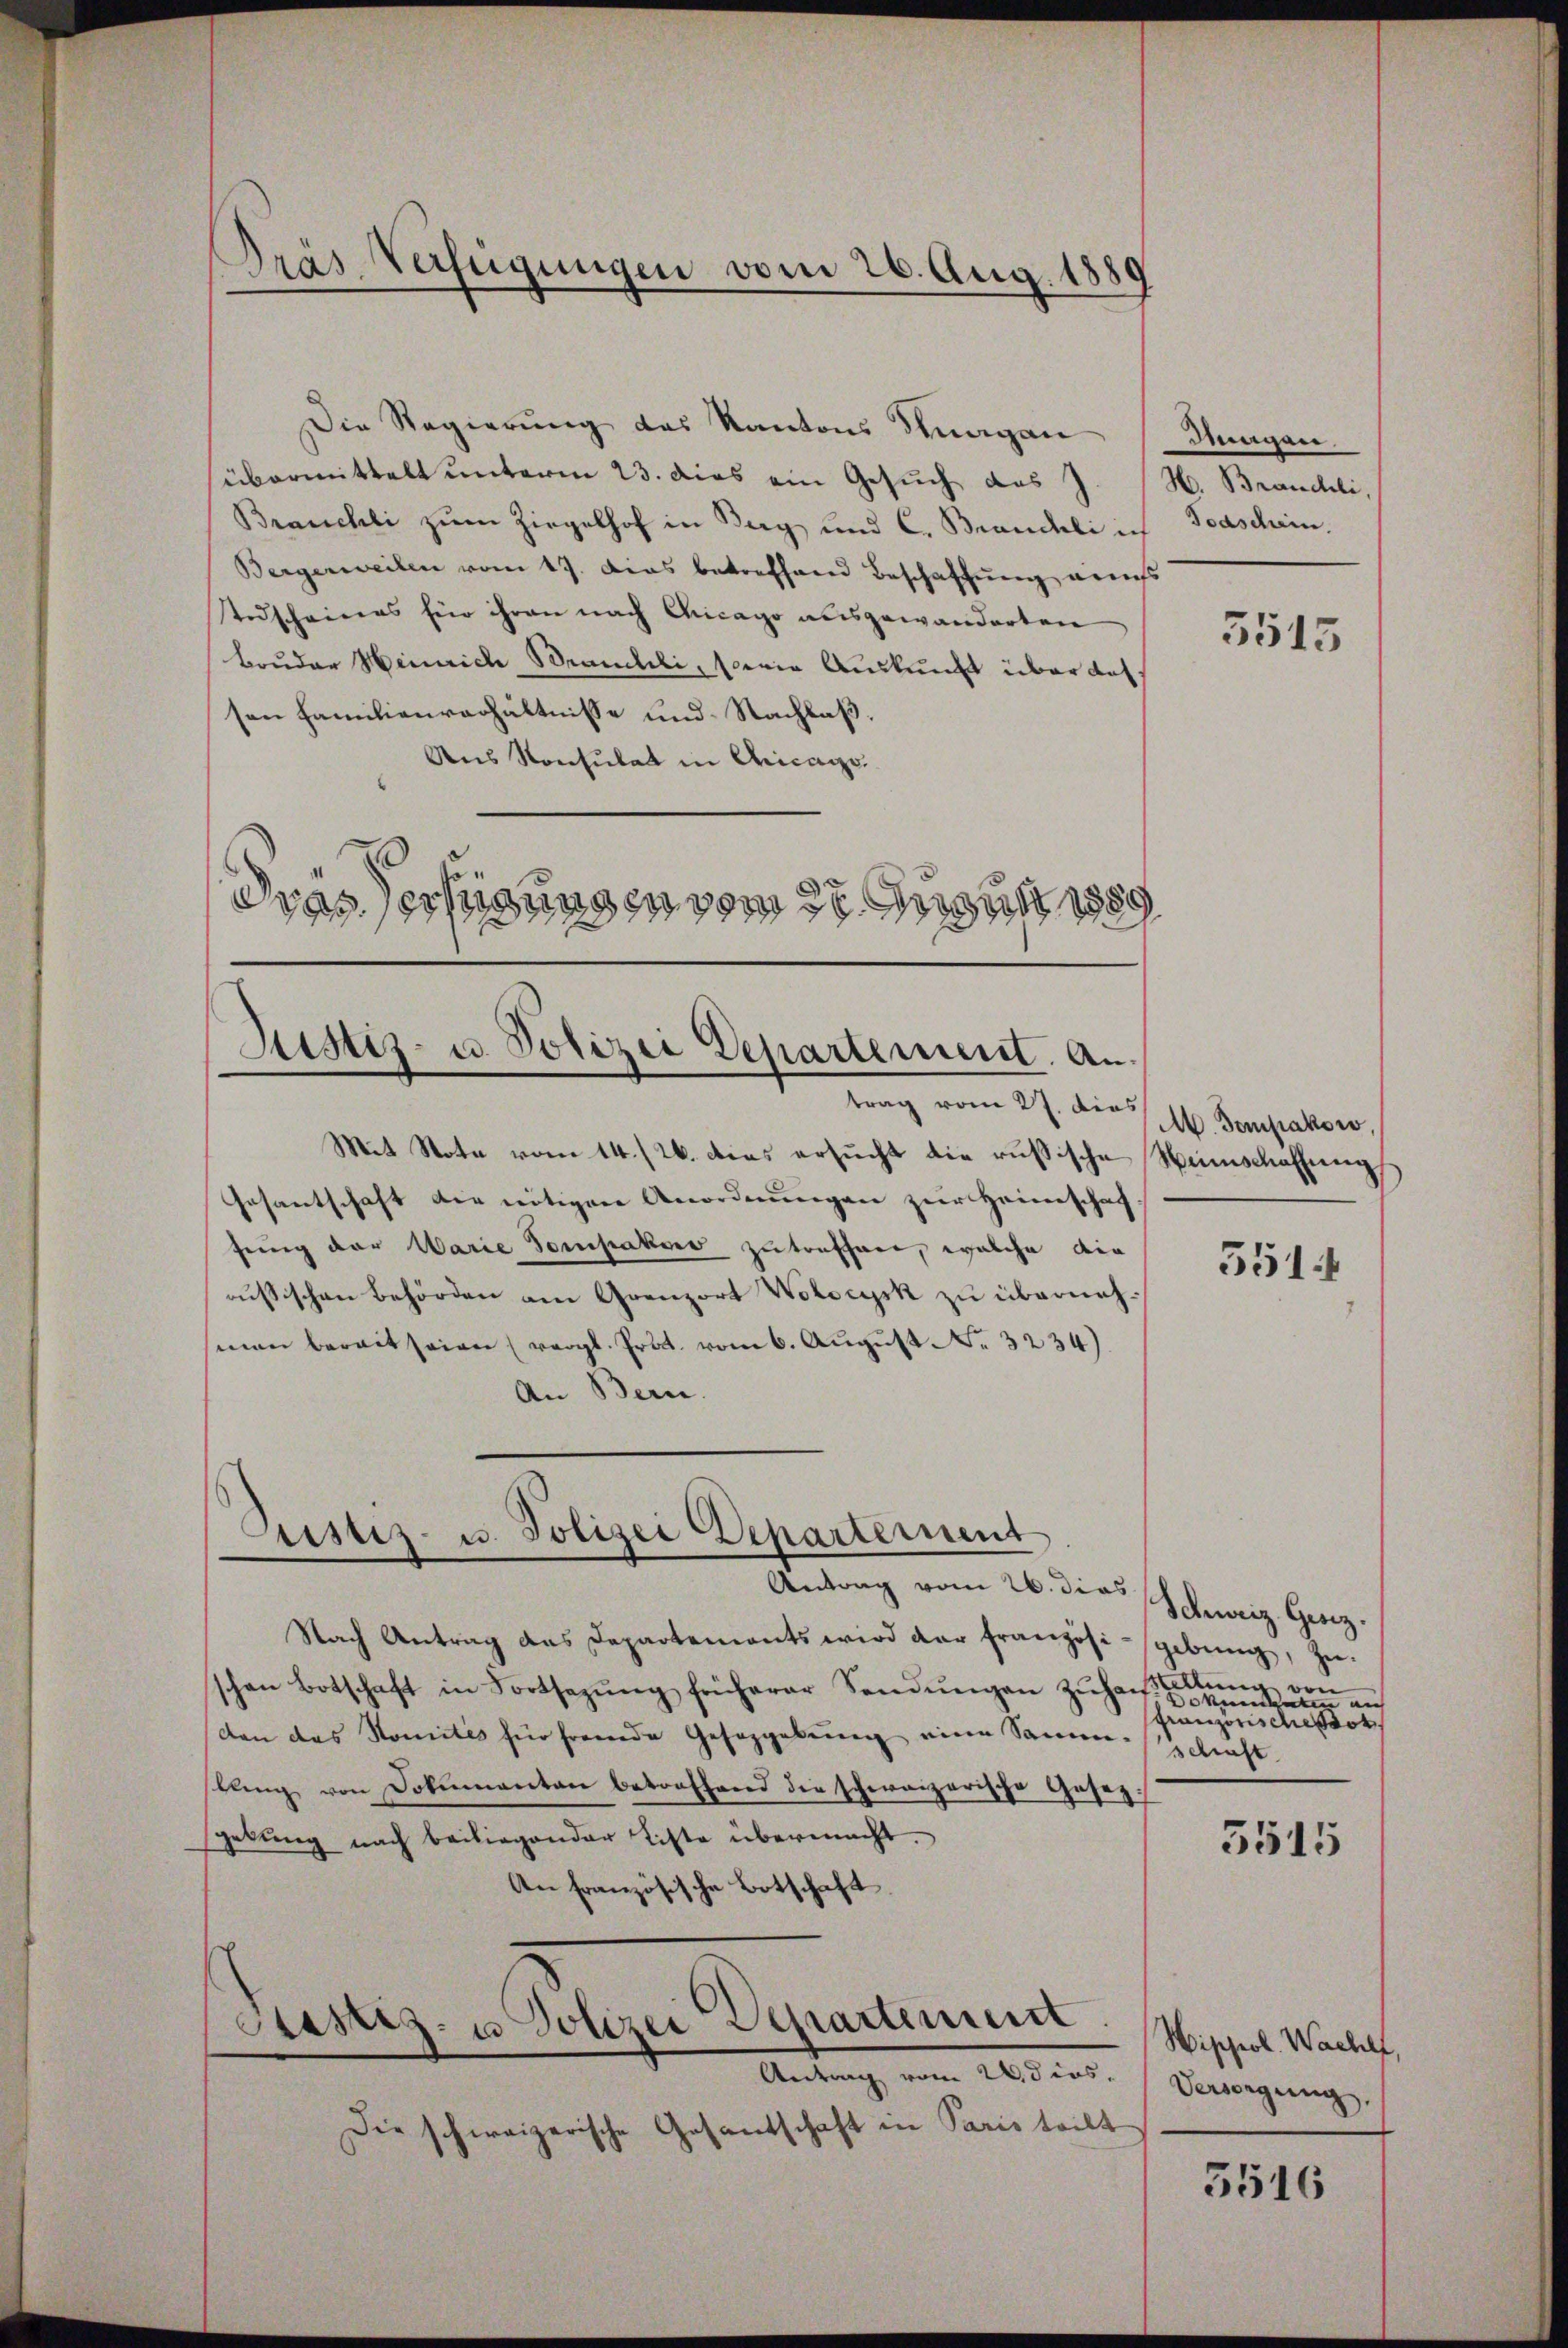
Die Regierung des Kantons Knagan
übermittelt unterm 23. dies ein Gesuch das J. H. Brauchli,
Brauchli zum Ziegelhof in Berg und C. Brauchli ich Todschein,
Bergerweilen vom 17. Das betreffenen Beschaftung aufs
Todscheines für ihren nach Chicago ausgewanderten
Bruder Heinrich Brauchli, sowie Auskunft über dass
sen Familienverhältnisse und Nachlaß.
Aus Konsulat in Chicago
Dras Verfügung in vom 28. August 1889

Pras Verfügungen vom 26. Aug. 1885

Justiz- u. Polizei Departement. An
trag vom 27. die M. Sempakowo,

Mit Note vom 14./2. dies ersucht die russische Namschaffung
Gesantschaft die nötigen Anordnungen zur Heimschaf
fung der Warie Tomsakoer zutreffnen, welche die
russischen Behörden am Grenzort Wolocysk zu übernehsmen bereit seien (vergl. Prot. vom 6. August No. 3234).
An Bern.

Justiz- u. Polizei Departement
Antrag vom 26. dies Glanz Herz

Nach Antrag das Departements wird der französisgebung, zu-
schon Botschaft in Fortsezŭng früherer Sendŭngen zŭhaŭβŭng von
Dan das Komités für fremde Geseggebŭng eine Samm-
lling von Dokumenten betreffend die schweizerische Gesezgebung nach beiliegender Liste übermacht.
An Französische Botschaft
Justiz- u. Polizei Departement. Wippol. Wachet,
Antrag vom 2 dies
Die schweizerische Gesantschaft in Paris teilt

Magen.

5515

5514

okaten auch
französische sor
schaft

5515

Versorgung,

3516